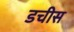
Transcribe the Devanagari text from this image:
डचीस